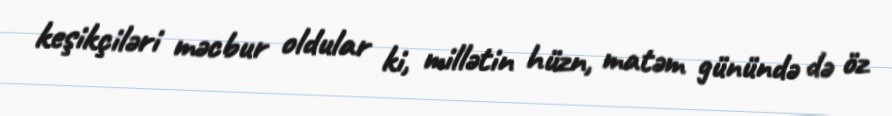
keşikçiləri məcbur oldular ki, millətin hüzn, matəm günündə də öz